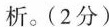
析。（2分）